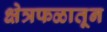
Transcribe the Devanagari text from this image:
क्षेत्रफळातून